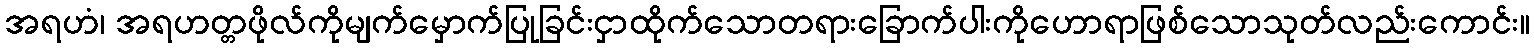
အရဟံ၊ အရဟတ္တဖိုလ်ကိုမျက်မှောက်ပြုခြင်းငှာထိုက်သောတရားခြောက်ပါးကိုဟောရာဖြစ်သောသုတ်လည်းကောင်း။